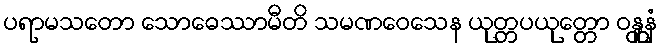
ပရာမသတော သောဓေဿာမီတိ သမဏဝေသေန ယုတ္တပယုတ္တော ဝန္တူနံ